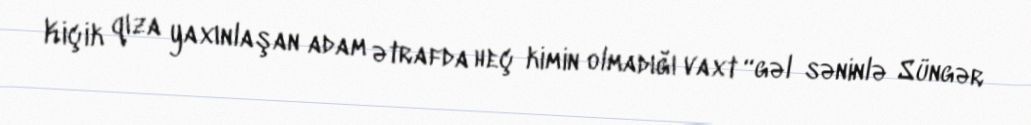
Kiçik qıza yaxınlaşan adam ətrafda heç kimin olmadığı vaxt “gəl səninlə Süngər